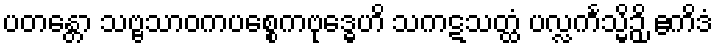
ပတန္တော သဗ္ဗသာဝကပစ္စေကဗုဒ္ဓေဟိ သကဋသတ္ထံ ပလ္လင်္ကသ္မိဉှိ ဧကိဒံ